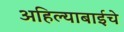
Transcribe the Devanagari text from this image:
अहिल्याबाईचे